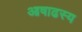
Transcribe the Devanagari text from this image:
आषाढस्य